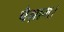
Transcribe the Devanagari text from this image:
पैग़ाम।